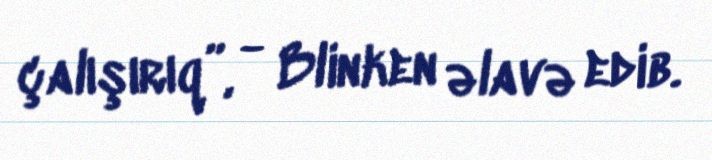
çalışırıq”, - Blinken əlavə edib.